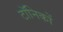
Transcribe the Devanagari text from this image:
टॉनिकों